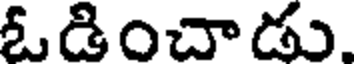
ఓడించాడు.